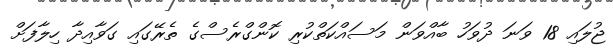
ޖުލައި 18 ވަނަ ދުވަހު ބާއްވަން މަސައްކަތްކުރި ކޮންގްރެސްގެ ތެރޭގައި ގަވާއިދާ ހިލާފަށް